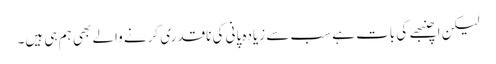
لیکن اچنبھے کی بات ہے سب سے زیادہ پانی کی ناقدری کرنے والے بھی ہم ہی ہیں۔